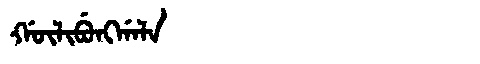
Manchu: ᡤᡡᠯᡳᠪᡠᠩᡤᠠᠯᠠ
Romanization: GŪLIBUNGGALA